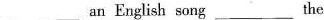
___ an English song ___ the